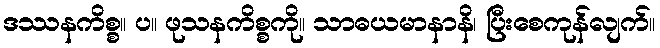
ဒဿနကိစ္စ။ ပ။ ဖုသနကိစ္စကို။ သာဓယမာနာနိ၊ ပြီးစေကုန်လျက်။